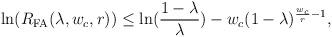
LaTeX: \begin{align*}\begin{aligned}\ln (R_{\rm FA}(\lambda, w_{c}, r)) &\leq \ln (\frac{1-\lambda}{\lambda}) - w_{c}(1-\lambda)^{\frac{w_{c}}{r}-1},\end{aligned}\end{align*}